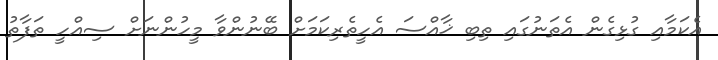
އެކަމާއި ގުޅިގެން އެތަނުގައި ތިބި ޚާއްސަ އެހީތެރިކަމަށް ބޭނުންވާ މީހުންނަށް ސިއްހީ ތަފާތު